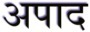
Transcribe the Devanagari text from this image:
अपाद